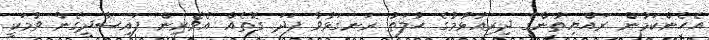
އެހެންކަމުން ރައްޔިތުންގެ ދިރިއުޅުމުގެ ޙާލަތު ރަނގަޅުވާ ފަދަ ގޮތެއް އެވެރިން ފައިސާދީގެން ވުމަކީ